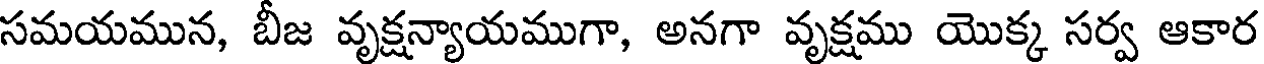
సమయమున, బీజ వృక్షన్యాయముగా, అనగా వృక్షము యొక్క సర్వ ఆకార